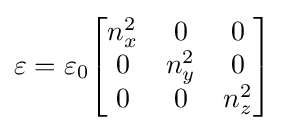
\mathbf {\varepsilon } =\varepsilon _{0}{\begin{bmatrix}n_{x}^{2}&0&0\\0&n_{y}^{2}&0\\0&0&n_{z}^{2}\end{bmatrix}}